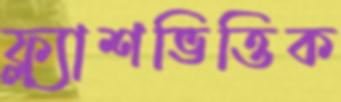
ফ্ল্যাশভিত্তিক